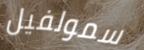
سمولفيل